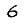
Digit: 6